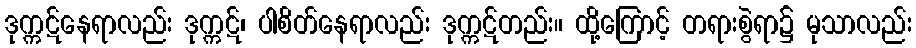
ဒုက္ကဋ်နေရာလည်း ဒုက္ကဋ်၊ ပါစိတ်နေရာလည်း ဒုက္ကဋ်တည်း။ ထို့ကြောင့် တရားစွဲရာ၌ မုသာလည်း